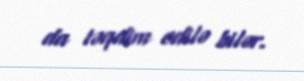
da təqdim edilə bilər.